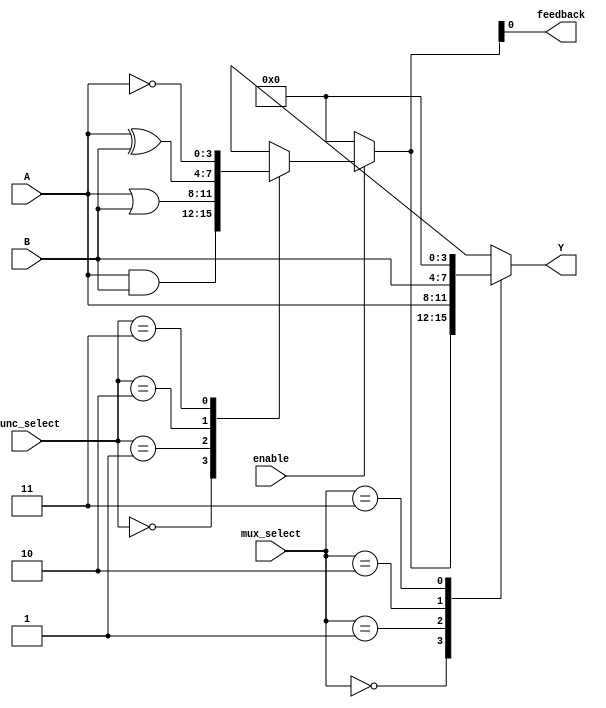
module CLB (
    input wire [3:0] A,               // Input ports
    input wire [3:0] B,
    input wire [1:0] func_select,     // Function select for LFUs
    input wire enable,                 // Enable signal
    input wire [1:0] mux_select,       // MUX select signal
    output wire [3:0] Y,               // Output ports
    output wire feedback               // Feedback path
);

// Logic Function Unit (LFU) - Look-Up Table (LUT)
reg [3:0] lut_out;

always @(*) begin
    if (enable) begin
        case (func_select)
            2'b00: lut_out = A & B;      // AND
            2'b01: lut_out = A | B;      // OR
            2'b10: lut_out = A ^ B;      // XOR
            2'b11: lut_out = ~A;         // NOT (only A for simplicity)
            default: lut_out = 4'b0000;  // Default case
        endcase
    end else begin
        lut_out = 4'b0000;               // If not enabled, output 0
    end
end

// Multiplexer to select output based on mux_select
reg [3:0] mux_out;

always @(*) begin
    case (mux_select)
        2'b00: mux_out = lut_out;         // Select output from LFU
        2'b01: mux_out = A;                // Select input A
        2'b10: mux_out = B;                // Select input B
        2'b11: mux_out = 4'b0000;          // Default output
        default: mux_out = 4'b0000;        // Default case
    endcase
end

// Output assignment
assign Y = mux_out;

// Feedback path
assign feedback = lut_out[0];  // Example feedback from the least significant bit of LUT output

endmodule